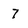
Character: 7